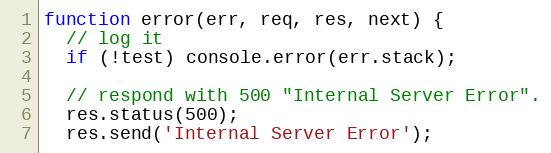
Language: JavaScript
function error(err, req, res, next) {
  // log it
  if (!test) console.error(err.stack);

  // respond with 500 "Internal Server Error".
  res.status(500);
  res.send('Internal Server Error');